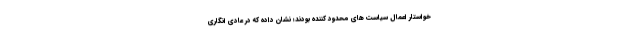
خواستار اعمال سیاست های محدود کننده بودند؛ نشان داده که در عادی انگاری